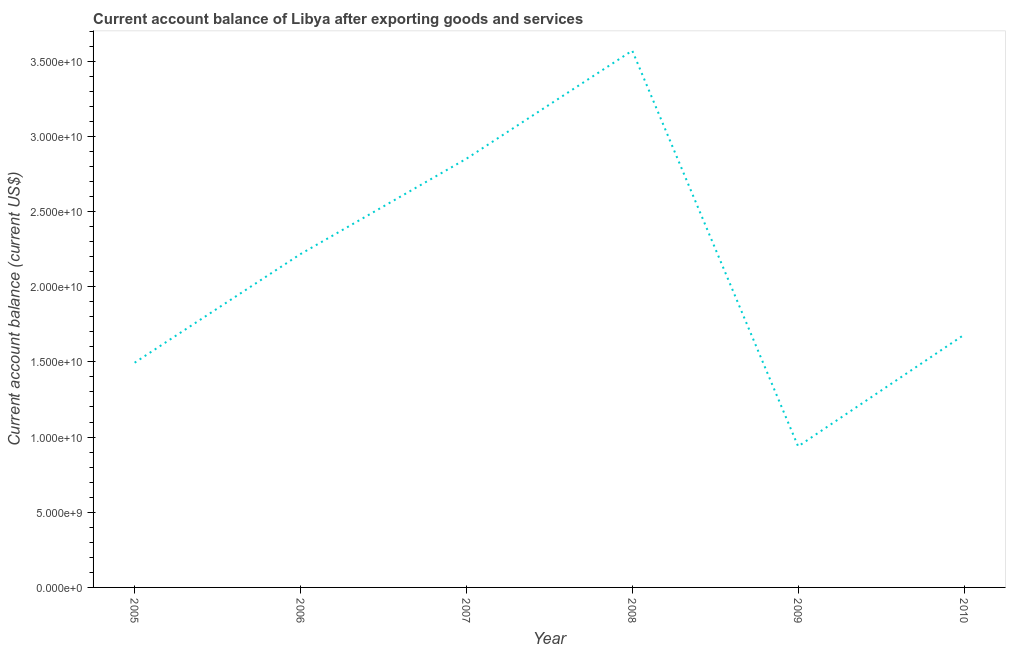
| Year | Current account balance |
 | --- | --- |
 | 2005 | 1.49e+10 |
 | 2006 | 2.22e+10 |
 | 2007 | 2.85e+10 |
 | 2008 | 3.57e+10 |
 | 2009 | 9.38e+09 |
 | 2010 | 1.68e+10 |